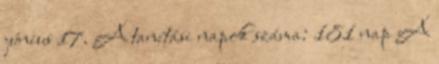
június 17. A tanítási napok száma: 181 nap A